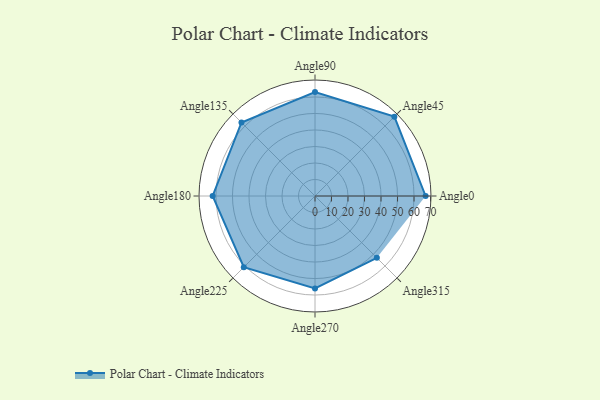
{"axis": {"x": "Angle", "y": "Radius"}, "legend": [""], "data": [{"x": "Angle0", "y": 67.0, "type": ""}, {"x": "Angle45", "y": 68.0, "type": ""}, {"x": "Angle90", "y": 63.0, "type": ""}, {"x": "Angle135", "y": 63.0, "type": ""}, {"x": "Angle180", "y": 62.0, "type": ""}, {"x": "Angle225", "y": 61.0, "type": ""}, {"x": "Angle270", "y": 56.0, "type": ""}, {"x": "Angle315", "y": 53.0, "type": ""}]}